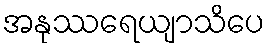
အနုဿရေယျာသိပေ